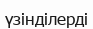
үзінділерді